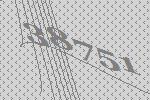
38751